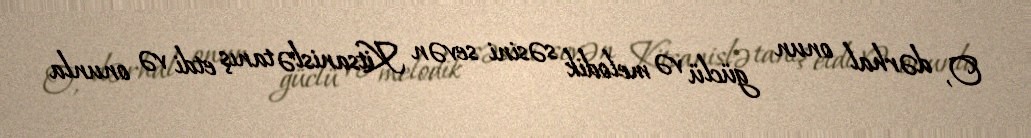
O, dərhal onun güclü və melodik səsini sevən Kitsanislə tanış etdi və onunla